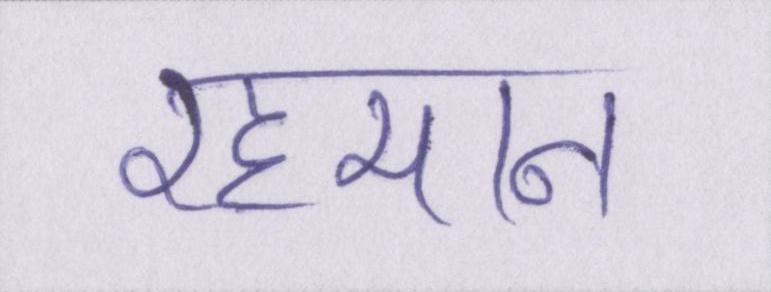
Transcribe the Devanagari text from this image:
रहमान